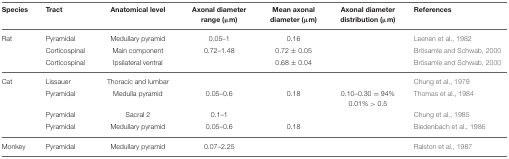
| Species | Tract | Anatomical level | Axonal diameter range (μm) | Mean axonal diameter (μm) | Axonal diameter distribution (μm) | References |
 | --- | --- | --- | --- | --- | --- | --- |
 | Rat | Pyramidal | Medullary pyramid | 0.05–1 | 0.16 |  | Leenen et al., 1982 |
 |  | Corticospinal | Main component | 0.72–1.48 | 0.72 ± 0.05 |  | Brösamle and Schwab, 2000 |
 |  | Corticospinal | Ipsilateral ventral |  | 0.68 ± 0.04 |  | Brösamle and Schwab, 2000 |
 | Cat | Lissauer | Thoracic and lumbar |  |  |  | Chung et al., 1979 |
 |  | Pyramidal | Medulla pyramid | 0.05–0.6 | 0.18 | 0.10–0.30 = 94% 0.01% > 0.5 | Thomas et al., 1984 |
 |  | Pyramidal | Sacral 2 | 0.1–1 |  |  | Chung et al., 1985 |
 |  | Pyramidal | Medullary pyramid | 0.05–0.6 | 0.18 |  | Biedenbach et al., 1986 |
 | Monkey | Pyramidal | Medullary pyramid | 0.07–2.25 |  |  | Ralston et al., 1987 |